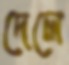
দেলে